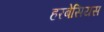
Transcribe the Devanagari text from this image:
हरबेसियस